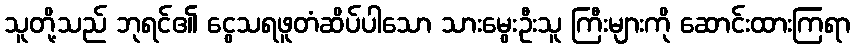
သူတို့သည် ဘုရင်၏ ငွေသရဖူတံဆိပ်ပါသော သားမွေးဦးသူ ကြီးများကို ဆောင်းထားကြရာ